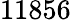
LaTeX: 11856